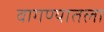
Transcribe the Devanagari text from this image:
वागण्यातला